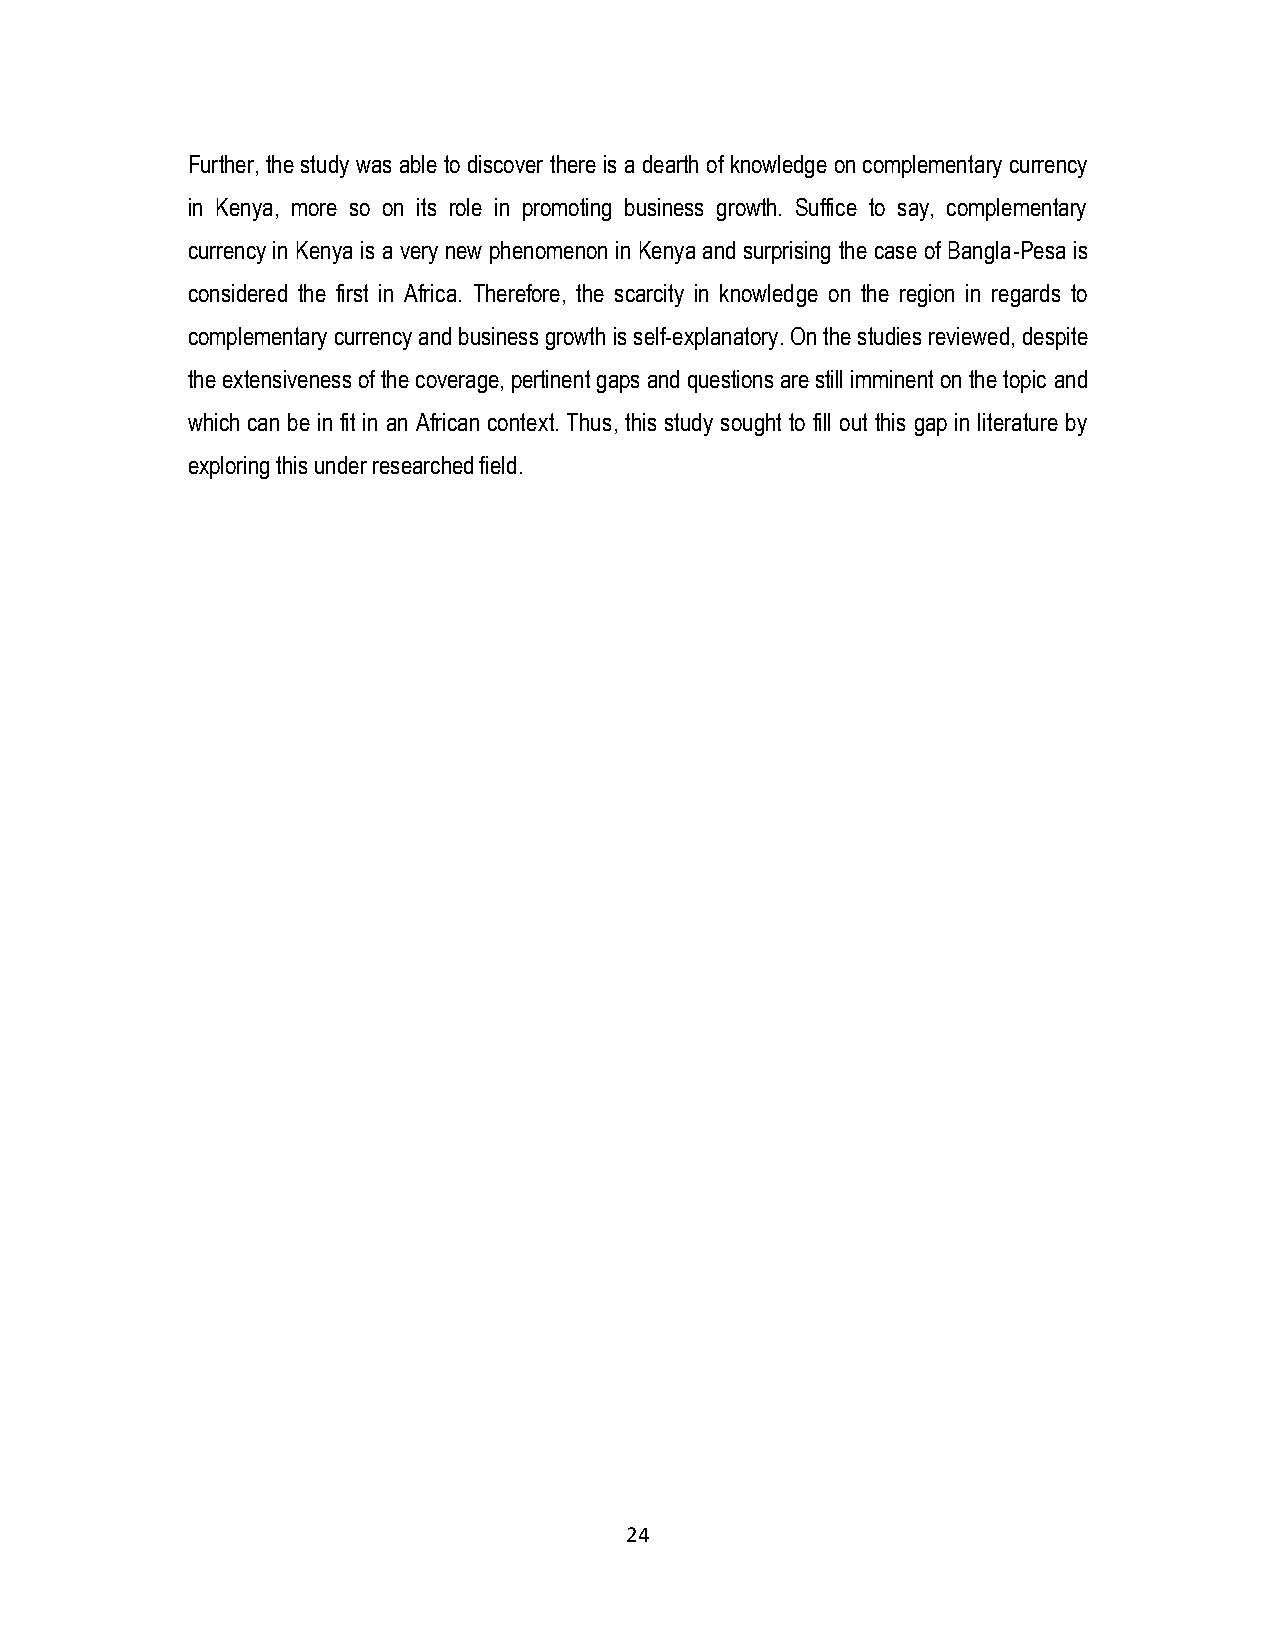
Further, the study was able to discover there is a dearth of knowledge on complementary currency
 in Kenya, more so on its role in promoting business growth. Suffice to say, complementary
 currency in Kenya is a very new phenomenon in Kenya and surprising the case of Bangla-Pesa is
 considered the first in Africa. Therefore, the scarcity in knowledge on the region in regards to
 complementary currency and business growth is self-explanatory. On the studies reviewed, despite
 the extensiveness of the coverage, pertinent gaps and questions are still imminent on the topic and
 which can be in fit in an African context. Thus, this study sought to fill out this gap in literature by
 exploring this under researched field.
 24